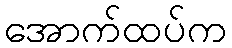
အောက်ထပ်က